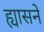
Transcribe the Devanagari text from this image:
ह्यासने